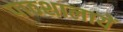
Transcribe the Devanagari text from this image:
पाठशालायें